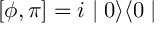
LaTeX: [ \phi , \pi ] = i \mid 0 \rangle \langle 0 \mid